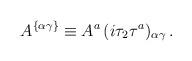
LaTeX: \begin{align*}A^{\{\alpha\gamma\}}\equiv {A}^a \,({i\tau_2\tau^a})_{\alpha\gamma}\, .\end{align*}